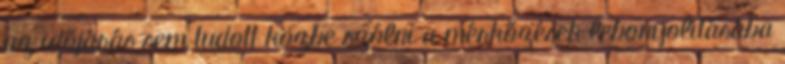
az időjárás sem tudott közbe szólni a mérkőzések lebonyolításába